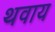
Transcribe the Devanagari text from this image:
थवाय